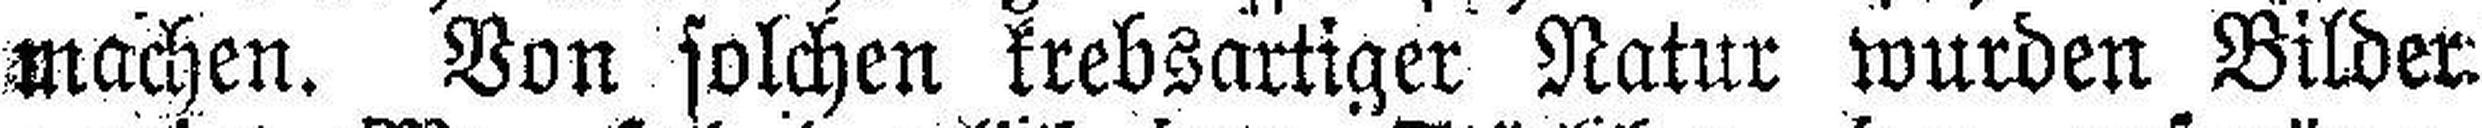
machen. Von solchen krebsartiger Natur wurden Bilder